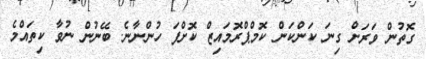
ގޮތުން ވަރަށް ގިނަ ކަންކަން ކޮމްޕްރޮމައިޒް ކޮށްފަ ހުންނާނެ. ބޭނުން ނުވާ ކިތައްމެ